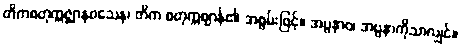
တိကစတုက္ကဇ္ဈာနဝသေန၊ တိက စတုက္ကဈာန်၏ အစွမ်းဖြင့်။ အပ္ပနာဝ၊ အပ္ပနာကိုသာလျှင်။